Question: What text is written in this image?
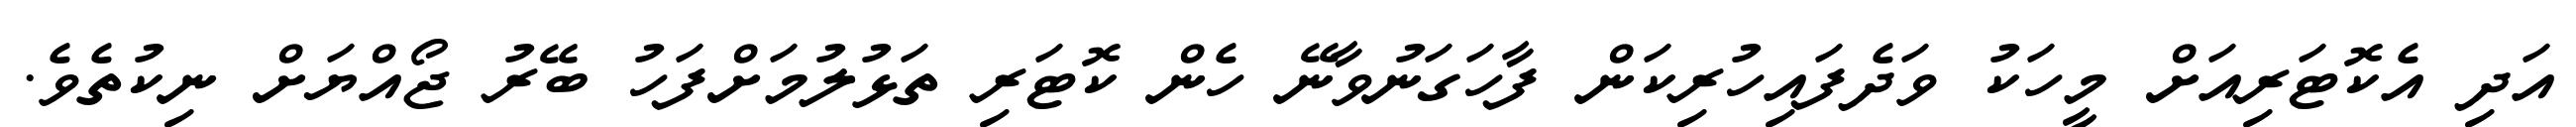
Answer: އަދި އެކޮޓަރިއަށް މީހަކު ވަދެފައިހުރިކަން ފާހަގަނުވާނޭ ހެން ކޮޓަރި ތަޅުލުމަށްފަހު ބޭރު ޖޯއްޔަށް ނިކުތެވެ.